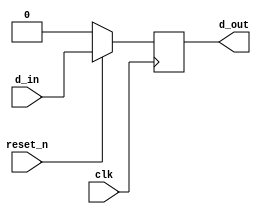
`timescale 1ns / 1ps
//////////////////////////////////////////////////////////////////////////////////
// Company: 
// Engineer: 
// 
// Design Name: 
// Module Name: synch_reset_d
// Project Name: 
// Target Devices: 
// Tool Versions: 
// Description: 
// 
// Dependencies: 
// 
// Revision:
// Revision 0.01 - File Created
// Additional Comments:
// 
//////////////////////////////////////////////////////////////////////////////////


module synch_reset_d(
                    input d_in, clk, reset_n, 
                    output reg d_out
    );
    always @(posedge clk)
    begin
        if(~reset_n)
            d_out <= 1'b0;
        else
            d_out <= d_in;    
    end
endmodule